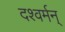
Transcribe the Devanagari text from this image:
दश्वर्मन्‌